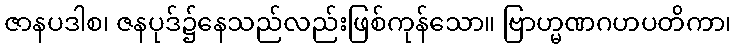
ဇာနပဒါစ၊ ဇနပုဒ်၌နေသည်လည်းဖြစ်ကုန်သော။ ဗြာဟ္မဏဂဟပတိကာ၊